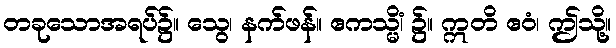
တခုသောအရပ်၌။ သွေ၊ နက်ဖန်။ ဧကသ္မိံ၊ ၌။ ဣတိ ဧဝံ၊ ဤသို့။